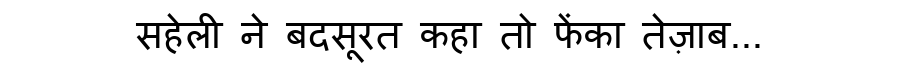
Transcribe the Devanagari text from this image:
सहेली ने बदसूरत कहा तो फेंका तेज़ाब...